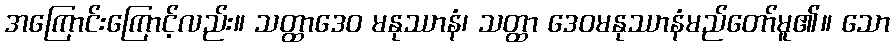
အကြောင်းကြောင့်လည်း။ သတ္ထာဒေဝ မနုဿာနံ၊ သတ္ထာ ဒေဝမနုဿာနံမည်တော်မူ၏။ သော